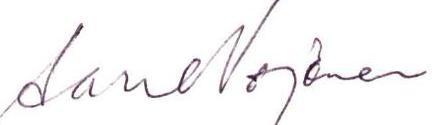
Aarre Nojonen